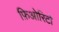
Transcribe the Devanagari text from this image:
फ़िओरिटो